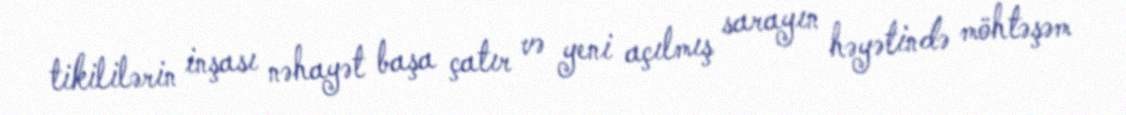
tikililərin inşası nəhayət başa çatır və yeni açılmış sarayın həyətində möhtəşəm